Report on plague in the Punjab from October 1st ... to September 30th ..., being the ... season of plague in the province
Disease focus: Plague
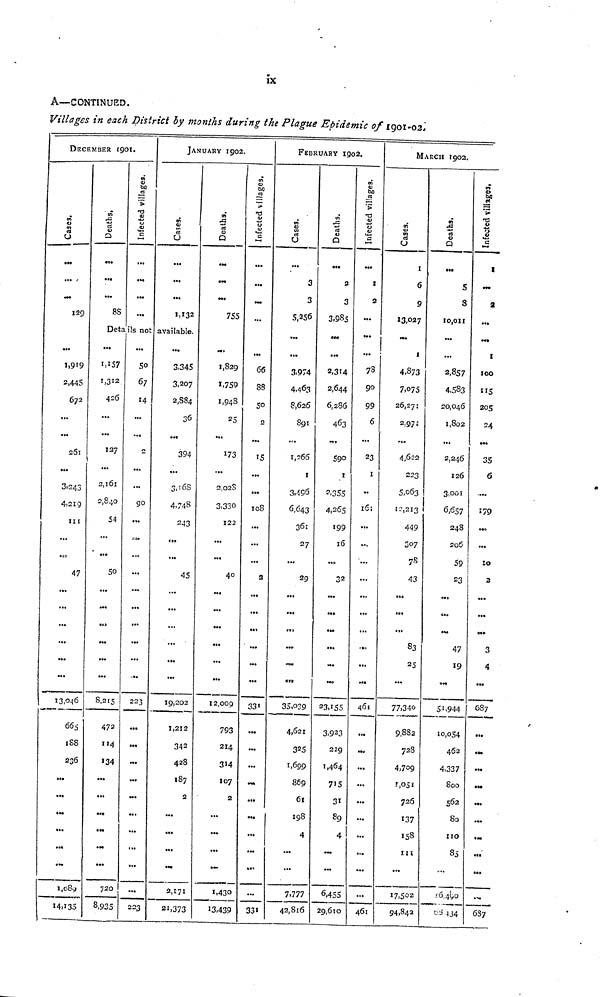
ÏX
A—CONTINUED.
Villages in each District by months during the Plague Epidemic of igoi-02D
ECE
Cases
...
....
...
129
...
1.919
2,445
672
...
...
261
...
3,243
4,21 9
111
...
47
...
...
...
...
...
...
665
188
236
...
...
...
...
...
...
1,089
14.135
MBER 190
Deaths
...
...
...
85
Deta
...
1,157
1,312
426
...
...
127
...
2,l6l
2,840
54
...
...
50
...
...
...
...
...
8,215
472
114
134
...
...
...
...
...
...
720
8-935
.
Infected
...
...
...
...
Is not
...
So
67
14
...
...
2
...
...
go
...
...
...
...
...
...
...
...
...
223
...
...
...
...
...
...
...
...
...
...
JANI
Cases
...
...
...
1,132
available.
...
3.345
3,207
2,584
36
...
394
...
3,168
4,748
243
...
...
45
...
...
...
...
...
...
19,202
1,212
342
428
187
2
...
...
...
-
...
21,373
JARY 1902.
Deaths
...
....
...
755
...
1,829
1,759
1,948
25
...
173
...
2,02$
3;33O
122
...
...
40
...
...
...
...
...
...
12,009
793
214
314
107
2
...
...
...
...
1,430
13.439
Infected villages
...
...
...
...
66
88
50
2
...
15
...
...
108
...
...
...
2
...
...
..,
...
...
...
331
...
...
...
...
...
...
...
...
33«
FBBRI
Cases
...
3
3
5,256
...
...
3,974
4.463
8,626
891
...
1,266
1
3,496
6,643
361
27
...
29
...
...
...
...
...
35,039
4,621
3 2 5
1,699
869
6l
198
4
...
...
7,777
42,816
JARY 190.
Deaths
•••
2
3
3,985
...
...
2,314
2,644
6,286
463
....
590
1
2.355
4,265
199
16
...
32
...
...
...
...
...
33,155
3.9 2 3
229
1,464
715
31
89
4
...
...
6,455
29,610
2.
Infected
...
I
2
...
...
...
78
90
99
6
...
23
1
.,
163
...
...
...
...
...
...
...
....
...
...
461
...
...
...
...
...
...
...
...
461
MA
Cases
t
6
9
13,027
...
...
4.873
7,075
26,27:
2.97
...
4,622
223
5,063
12,213
449
307
78
43
...
...
...
83
25
...
77.340
9,883
728
4,709
-',05 s
726
137
158
111
...
17,502
94,84a
RCH 1902.
Deaths
...
5
8
10,011
...
...
2,857
4,533
20,046
1,802
...
2,246
126
3.001
1
6,657
248
206
59
23
...
...
...
47
19
...
51,944
10,054
46 a
4,337
800
562
80
110
85
....
6,490
63 134
Infected
I
2
...
...
1
100
115
205
24
...
35
6
...
179
...
...
10
1
2
...
...
...
3
4
...
687
...
...
...
...
...
...
...
...
...
687